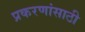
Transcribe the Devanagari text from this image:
प्रकरणांसाठी